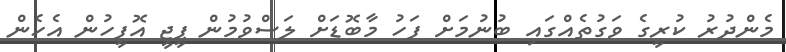
މެންދުރު ކުރީގެ ވަގުތެއްގައި ބުނުމަށް ފަހު މާބޮޑަށް ލަސްވުމުން ޕީޖީ އޮފީހުން އެހެން